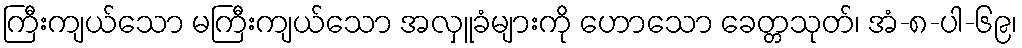
ကြီးကျယ်သော မကြီးကျယ်သော အလှူခံများကို ဟောသော ခေတ္တသုတ်၊ အံ-၈-ပါ-၆၉၊